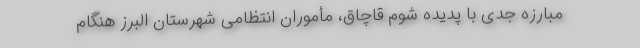
مبارزه جدی با پدیده شوم قاچاق، مأموران انتظامی شهرستان البرز هنگام